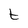
Character: t